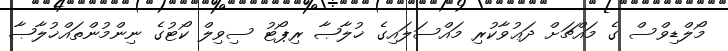
މޯލްޑިވްސް ގެ މައްޗަށް ދަޢުވާކުރި މައްސަލަަަައިގެ ޚުލާޞާ ރިޕޯޓު ސިވިލް ކޯޓުގެ ނިންމުންތައްޚުލާޞާ